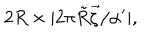
LaTeX: 2 R \times | 2 \pi \tilde { R } \vec { \zeta } / \alpha ^ { \prime } | ,